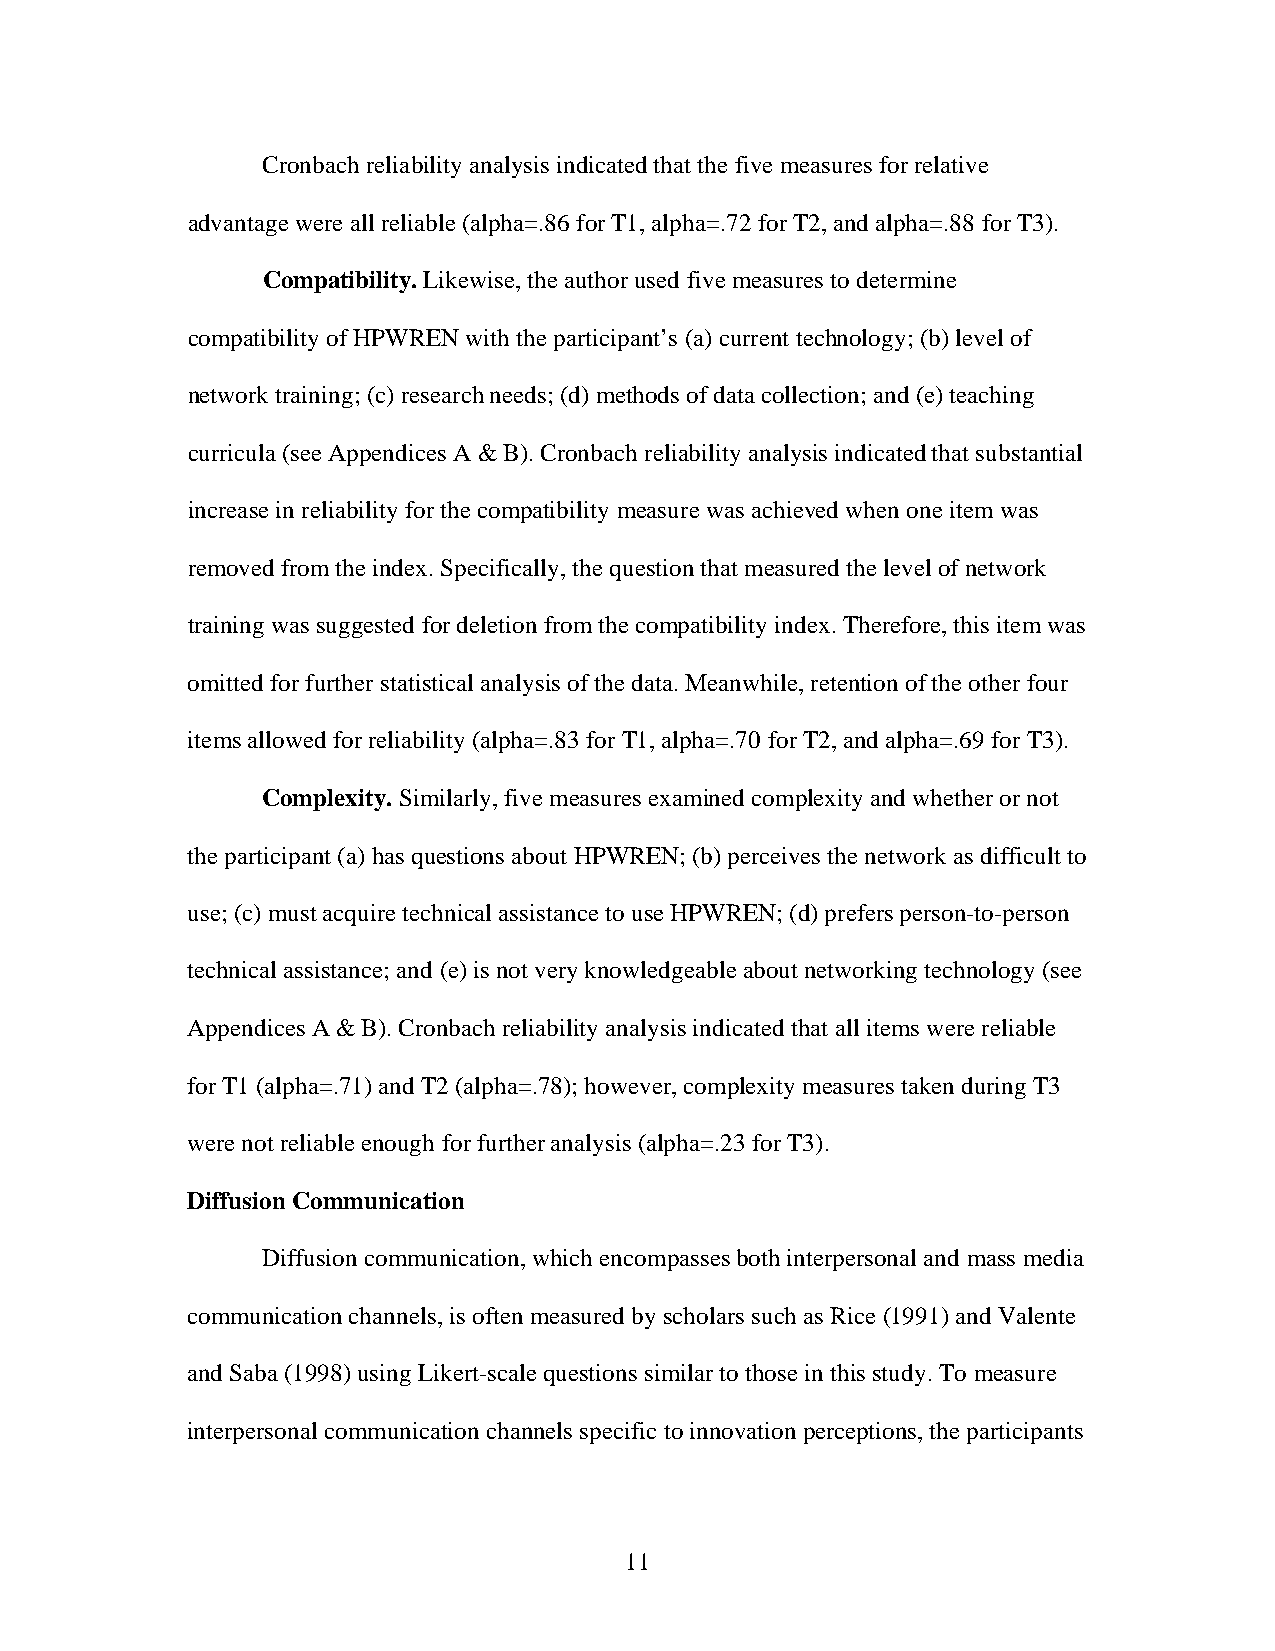
Cronbach reliability analysis indicated that the five measures for relative
 advantage were all reliable (alpha=.86 for T1, alpha=.72 for T2, and alpha=.88 for T3).
 Compatibility. Likewise, the author used five measures to determine
 compatibility of HPWREN with the participant’s (a) current technology; (b) level of
 network training; (c) research needs; (d) methods of data collection; and (e) teaching
 curricula (see Appendices A & B). Cronbach reliability analysis indicated that substantial
 increase in reliability for the compatibility measure was achieved when one item was
 removed from the index. Specifically, the question that measured the level of network
 training was suggested for deletion from the compatibility index. Therefore, this item was
 omitted for further statistical analysis of the data. Meanwhile, retention of the other four
 items allowed for reliability (alpha=.83 for T1, alpha=.70 for T2, and alpha=.69 for T3).
 Complexity. Similarly, five measures examined complexity and whether or not
 the participant (a) has questions about HPWREN; (b) perceives the network as difficult to
 use; (c) must acquire technical assistance to use HPWREN; (d) prefers person-to-person
 technical assistance; and (e) is not very knowledgeable about networking technology (see
 Appendices A & B). Cronbach reliability analysis indicated that all items were reliable
 for T1 (alpha=.71) and T2 (alpha=.78); however, complexity measures taken during T3
 were not reliable enough for further analysis (alpha=.23 for T3).
 Diffusion Communication
 Diffusion communication, which encompasses both interpersonal and mass media
 communication channels, is often measured by scholars such as Rice (1991) and Valente
 and Saba (1998) using Likert-scale questions similar to those in this study. To measure
 interpersonal communication channels specific to innovation perceptions, the participants
 11